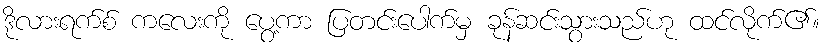
ဒိုလားရက်စ် ကလေးကို ပွေ့ကာ ပြတင်းပေါက်မှ ခုန်ဆင်းသွားသည်ဟု ထင်လိုက်၏။